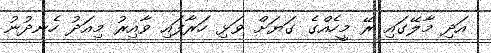
އަދި މާލޭގައި ރޭ މީހެއްގެ ގަޔަށް ވަޅި ހަރާފައި ވާއިރު މިއަދު ހެނދުނު